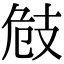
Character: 㩻